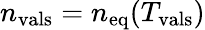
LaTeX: n_{\mathrm{vals}}=n_{\mathrm{eq}}(T_{\mathrm{vals}})